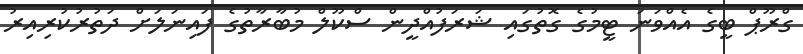
ގްރޫޕް ބީގެ އެއްވަނަ ޓީމުގެ ގޮތުގައި ޝަރަފުއްދީން ސްކޫލް މުބާރާތުގެ ފައިނަލަށް ދަތުރުކުރިއިރު